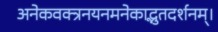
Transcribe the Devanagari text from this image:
अनेकवक्त्रनयनमनेकाद्भुतदर्शनम्‌।